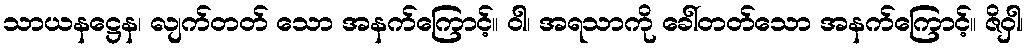
သာယနဋ္ဌေန၊ လျက်တတ် သော အနက်ကြောင့်။ ဝါ၊ အရသာကို ခေါ်တတ်သော အနက်ကြောင့်။ ဇိဝှါ၊